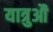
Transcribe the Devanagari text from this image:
यात्रुऔं